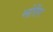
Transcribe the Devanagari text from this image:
प्लेसिंग